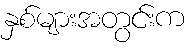
နှစ်များအတွင်းက